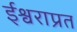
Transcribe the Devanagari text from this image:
ईश्वराप्रत